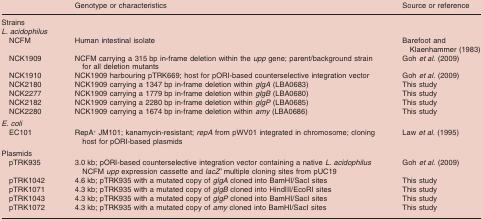
<table><thead><tr><td></td><td><b>Genotype or characteristics</b></td><td><b>Source or reference</b></td></tr></thead><tbody><tr><td>Strains</td><td></td><td></td></tr><tr><td><i>L. acidophilus</i></td><td></td><td></td></tr><tr><td> NCFM</td><td>Human intestinal isolate</td><td>Barefoot and Klaenhammer (1983)</td></tr><tr><td> NCK1909</td><td>NCFM carrying a 315 bp in-frame deletion within the <i>upp</i> gene; parent/background strain for all deletion mutants</td><td>Goh <i>et al.</i> (2009)</td></tr><tr><td> NCK1910</td><td>NCK1909 harbouring pTRK669; host for pORI-based counterselective integration vector</td><td>Goh <i>et al.</i> (2009)</td></tr><tr><td> NCK2180</td><td>NCK1909 carrying a 1347 bp in-frame deletion within <i>glgA</i> (LBA0683)</td><td>This study</td></tr><tr><td> NCK2277</td><td>NCK1909 carrying a 1779 bp in-frame deletion within <i>glgB</i> (LBA0680)</td><td>This study</td></tr><tr><td> NCK2182</td><td>NCK1909 carrying a 2280 bp in-frame deletion within <i>glgP</i> (LBA0685)</td><td>This study</td></tr><tr><td> NCK2280</td><td>NCK1909 carrying a 1674 bp in-frame deletion within <i>amy</i> (LBA0686)</td><td>This study</td></tr><tr><td><i>E. coli</i></td><td></td><td></td></tr><tr><td> EC101</td><td>RepA<sup>+</sup> JM101; kanamycin-resistant; <i>repA</i> from pWV01 integrated in chromosome; cloning host for pORI-based plasmids</td><td>Law <i>et al.</i> (1995)</td></tr><tr><td>Plasmids</td><td></td><td></td></tr><tr><td> pTRK935</td><td>3.0 kb; pORI-based counterselective integration vector containing a native <i>L. acidophilus</i> NCFM <i>upp</i> expression cassette and <i>lacZ&#x27;</i> multiple cloning sites from pUC19</td><td>Goh <i>et al.</i> (2009)</td></tr><tr><td> pTRK1042</td><td>4.6 kb; pTRK935 with a mutated copy of <i>glgA</i> cloned into BamHI/SacI sites</td><td>This study</td></tr><tr><td> pTRK1071</td><td>4.3 kb; pTRK935 with a mutated copy of <i>glgB</i> cloned into HindIII/EcoRI sites</td><td>This study</td></tr><tr><td> pTRK1043</td><td>4.3 kb; pTRK935 with a mutated copy of <i>glgP</i> cloned into BamHI/SacI sites</td><td>This study</td></tr><tr><td> pTRK1072</td><td>4.3 kb; pTRK935 with a mutated copy of <i>amy</i> cloned into BamHI/SacI sites</td><td>This study</td></tr></tbody></table>